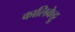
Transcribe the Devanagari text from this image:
कालिकेट्टु